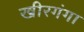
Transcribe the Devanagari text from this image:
खीरगंगा